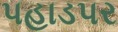
પહાડપર